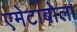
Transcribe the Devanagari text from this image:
एमेटाबोला